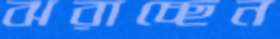
ঝরাচ্ছেন